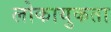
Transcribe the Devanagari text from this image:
लोकायुकता